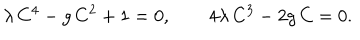
\lambda \, C ^ { 4 } - g \, C ^ { 2 } + 1 = 0 , \qquad 4 \lambda \, C ^ { 3 } - 2 g \, C = 0 .